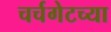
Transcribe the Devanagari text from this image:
चर्चगेटच्या